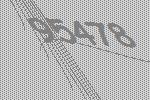
95478